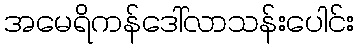
အမေရိကန်ဒေါ်လာသန်းပေါင်း